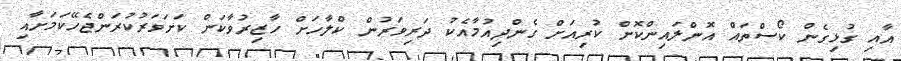
އާއި ގުޅިގެން ކޯސްތައް އޮންލައިންކޮށް ކުރިއަށް ގެންދިއުމާއެކު ދަރިވަރުން ކްލާހަށް ހާޒިރުވާކަން ކަށަވަރުކުރަންޖެހޭކަމަށާއި